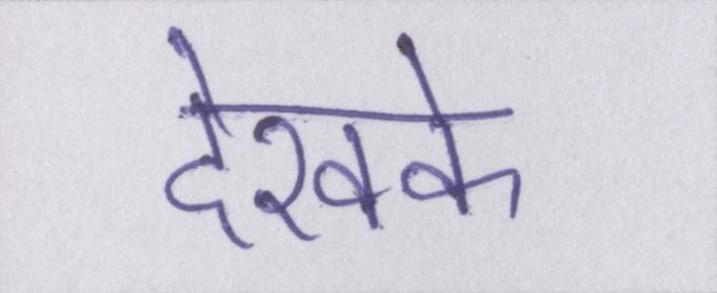
देखके